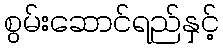
စွမ်းဆောင်ရည်နှင့်